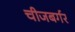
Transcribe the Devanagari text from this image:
चीजबर्गर